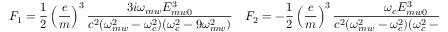
F _ { 1 } = \frac { 1 } { 2 } \left( \frac { e } { m } \right) ^ { 3 } \frac { 3 i \omega _ { m w } E _ { m w 0 } ^ { 3 } } { c ^ { 2 } ( \omega _ { m w } ^ { 2 } - \omega _ { c } ^ { 2 } ) ( \omega _ { c } ^ { 2 } - 9 \omega _ { m w } ^ { 2 } ) } \quad F _ { 2 } = - \frac { 1 } { 2 } \left( \frac { e } { m } \right) ^ { 3 } \frac { \omega _ { c } E _ { m w 0 } ^ { 3 } } { c ^ { 2 } ( \omega _ { m w } ^ { 2 } - \omega _ { c } ^ { 2 } ) ( \omega _ { c } ^ { 2 } - 9 \omega _ { m w } ^ { 2 } ) }